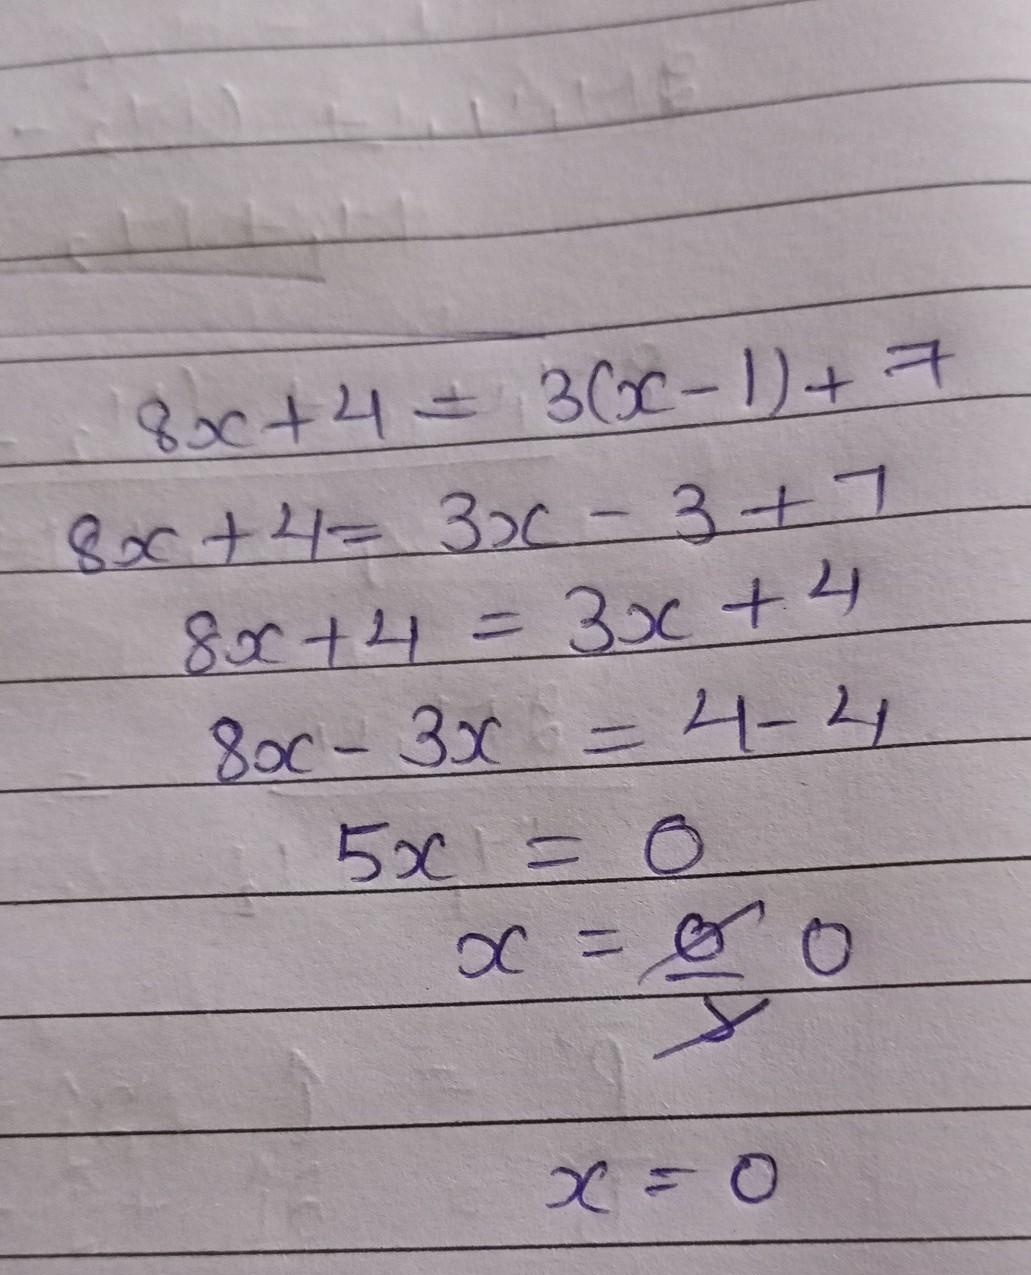
\begin{align*}
8x + 4&=3(x - 1)+7\\
8x + 4&=3x - 3 + 7\\
8x + 4&=3x + 4\\
8x - 3x&=4 - 4\\
5x&=0\\
x&= 0
\end{align*}